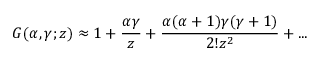
G ( { \alpha } , { \gamma } ; z ) \approx 1 + \frac { { \alpha } { \gamma } } { z } + \frac { { \alpha } ( { \alpha } + 1 ) { \gamma } ( { \gamma } + 1 ) } { 2 ! z ^ { 2 } } + . . .